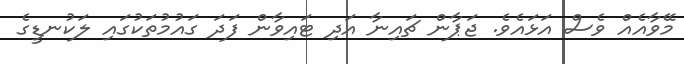
މޭވާއެއް ވެސް އަޅައެވެ. ޖަޕާން ޗައިނާ އަދި ޓައިވާން ފަދަ ގައުމުތަކުގައި ލަކުނޑީގެ